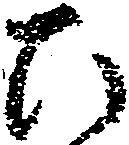
ひ